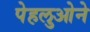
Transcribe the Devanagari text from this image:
पेहलुओने